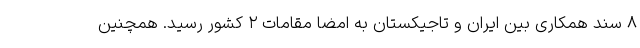
۸ سند همکاری بین ایران و تاجیکستان به امضا مقامات ۲ کشور رسید. همچنین